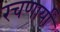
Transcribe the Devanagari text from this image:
रचणार्या